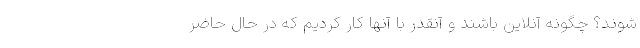
شوند؟ چگونه آنلاین باشند و آنقدر با آنها کار کردیم که در حال حاضر